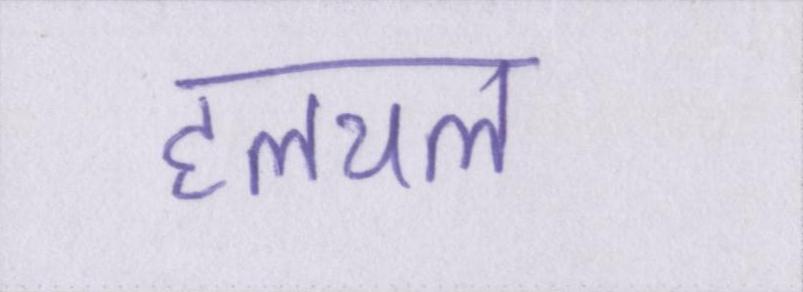
हलचल